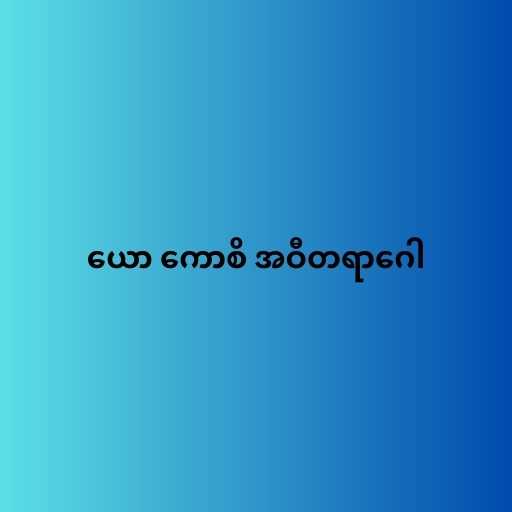
ယော ကောစိ အဝီတရာဂေါ